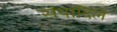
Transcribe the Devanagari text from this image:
संपादिलें